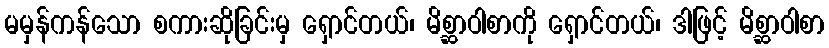
မမှန်ကန်သော စကားဆိုခြင်းမှ ရှောင်တယ်၊ မိစ္ဆာဝါစာကို ရှောင်တယ်၊ ဒါဖြင့် မိစ္ဆာဝါစာ